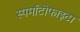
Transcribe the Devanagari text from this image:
स्पर्माटोफाइटा